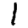
Digit: 1